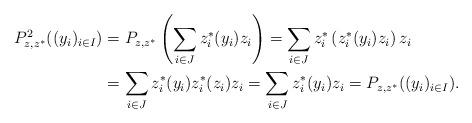
LaTeX: \begin{align*}P_{z, z^*}^2((y_i)_{i\in I})&=P_{z, z^*}\left(\sum_{i\in J} z_i^*(y_i)z_i\right) = \sum_{i\in J} z_i^*\left( z_i^*(y_i)z_i \right) z_i \\&= \sum_{i\in J} z_i^*(y_i) z_i^*( z_i ) z_i = \sum_{i\in J} z_i^*(y_i)z_i = P_{z, z^*}((y_i)_{i\in I}).\end{align*}